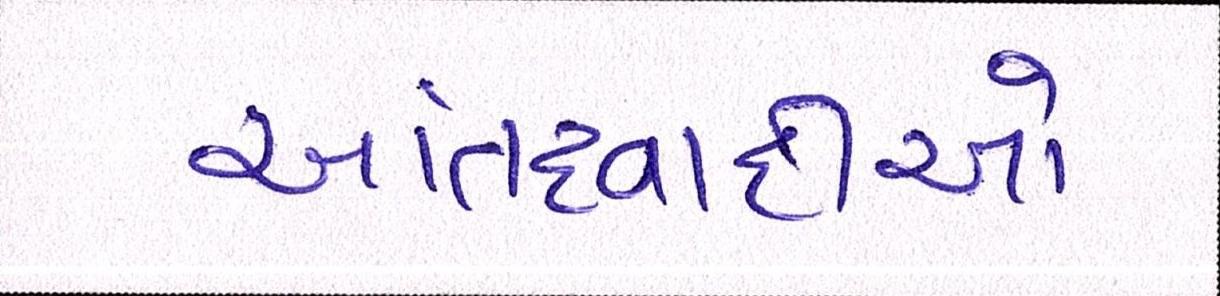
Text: આતંકવાદીઓ